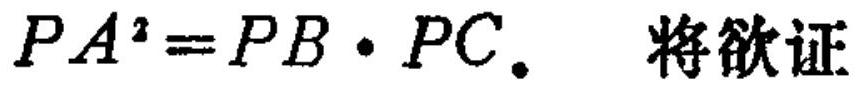
\(PA^{2}=PB\cdot PC.\) 将欲证